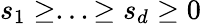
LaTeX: s_{1}\geq...\geq s_{d}\geq 0